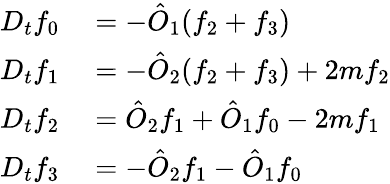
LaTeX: \begin{array}{rl}{D_{t}f_{0}}&{{}=-\hat{O}_{1}(f_{2}+f_{3})}\\ {D_{t}f_{1}}&{{}=-\hat{O}_{2}(f_{2}+f_{3})+2mf_{2}}\\ {D_{t}f_{2}}&{{}=\hat{O}_{2}f_{1}+\hat{O}_{1}f_{0}-2mf_{1}}\\ {D_{t}f_{3}}&{{}=-\hat{O}_{2}f_{1}-\hat{O}_{1}f_{0}}\end{array}